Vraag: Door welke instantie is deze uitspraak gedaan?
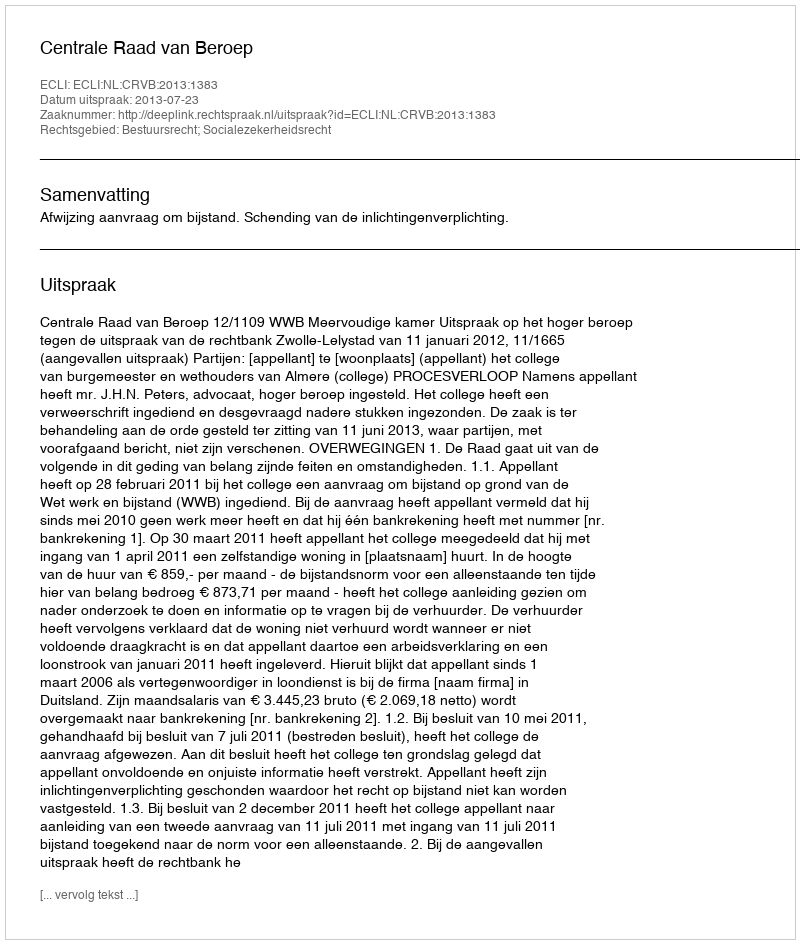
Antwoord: Centrale Raad van Beroep